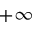
+ \infty